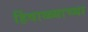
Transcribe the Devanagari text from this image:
हिंवाळ्याच्या